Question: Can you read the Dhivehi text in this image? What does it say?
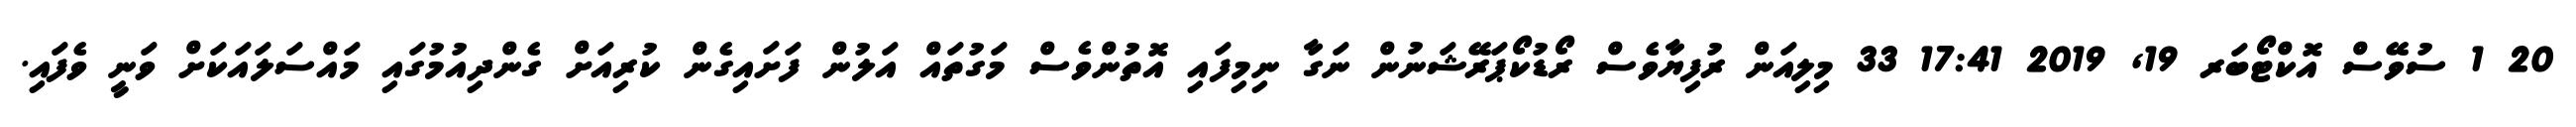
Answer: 20 1 ސުވޭސް އޮކްޓޯބަރ 19, 2019 17:41 33 މިލިއަން ރުފިޔާވެސް ރޯޑުކޯޕަރޭޝަނުން ނަގާ ނިމިފައި އޮތުންވެސް މަގުތައް އަލުން ފަށައިގެން ކުރިއަށް ގެންދިއުމުގައި މައްސަލައަކަށް ވަނީ ވެފައި.